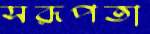
সরূপতা